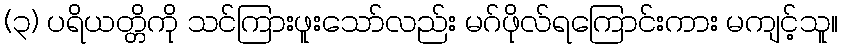
(၃) ပရိယတ္တိကို သင်ကြားဖူးသော်လည်း မဂ်ဖိုလ်ရကြောင်းကား မကျင့်သူ။